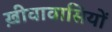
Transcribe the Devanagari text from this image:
ख़ीवावासियों